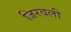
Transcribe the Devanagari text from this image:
जिरवली